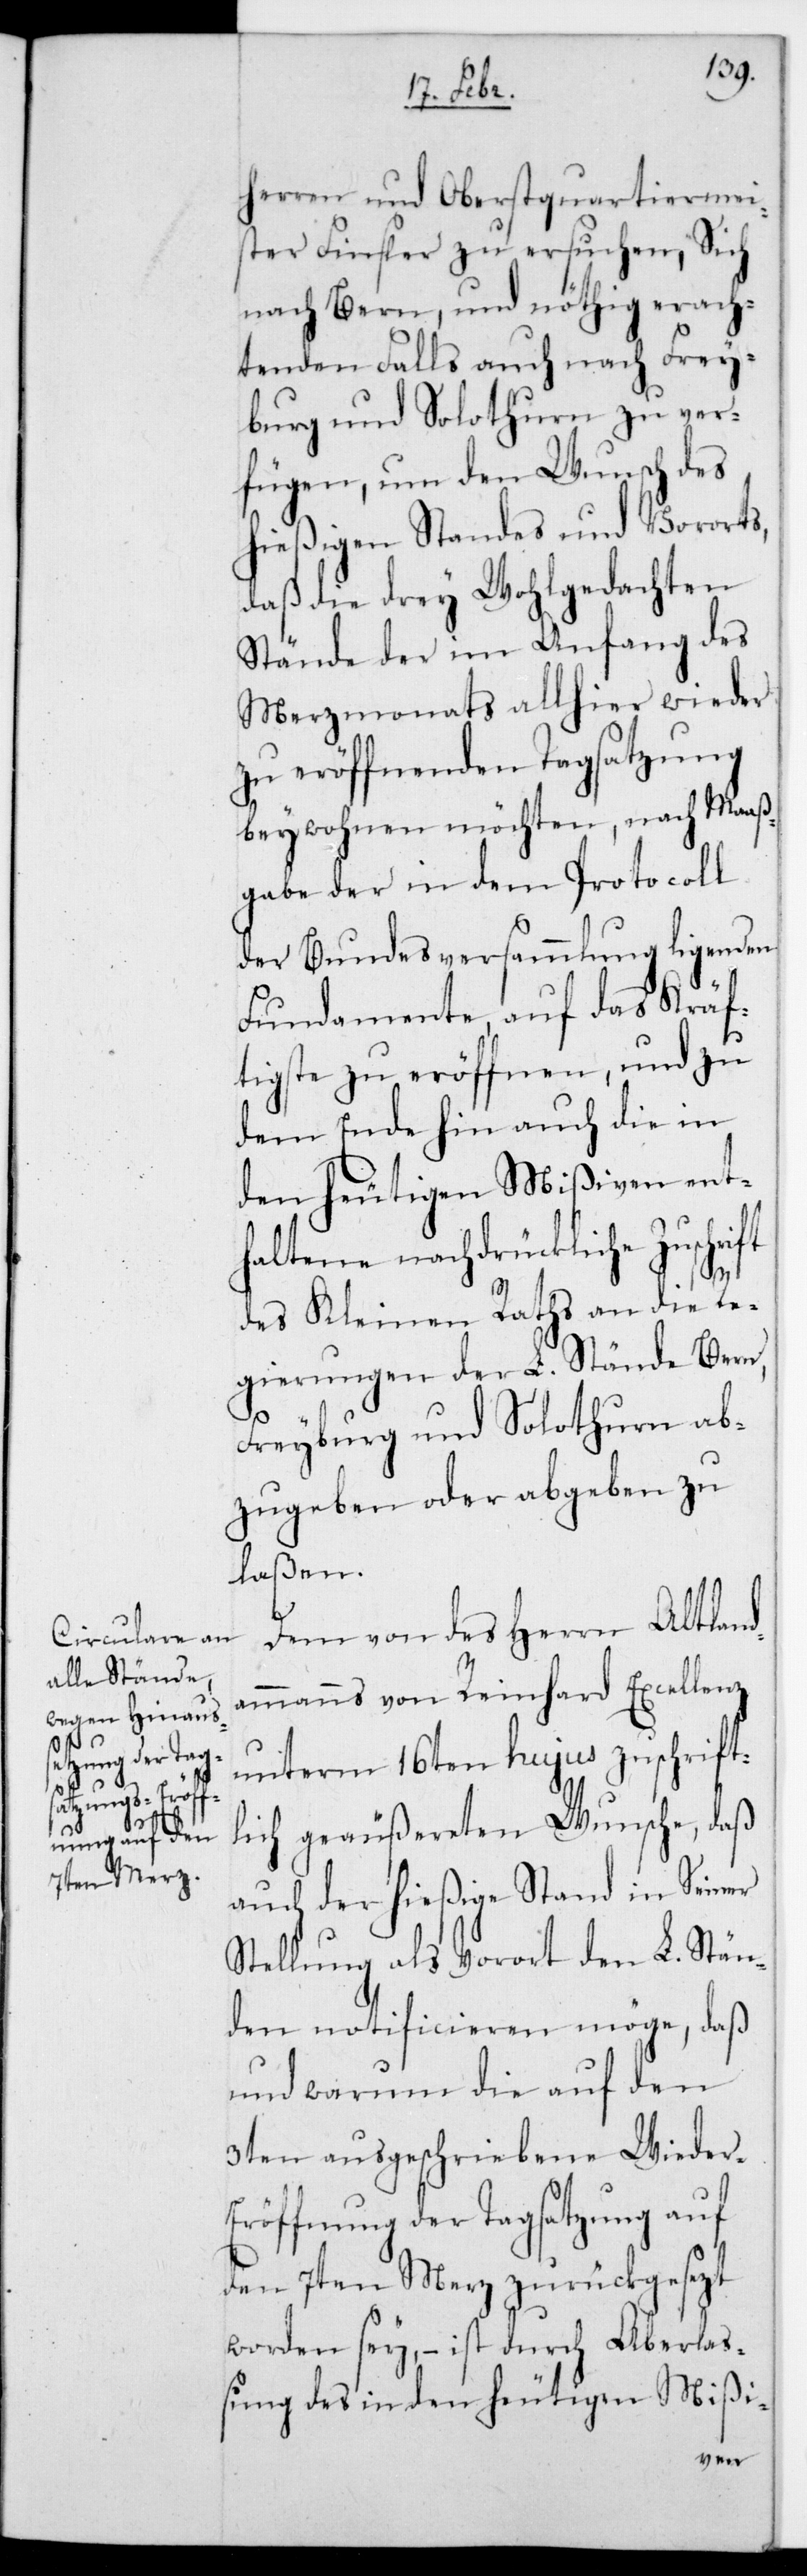
herren und Oberstquartiermei¬
ster Finsler zu ersuchen, sich
nach Bern, und nöthig erach¬
tenden Falls auch nach Frey¬
burg und Solothurn zu ver¬
fügen, um den Wunsch des
hießigen Standes und Vororts,
daß die drey wohlgedachten
Stände der im Anfang des
Merzmonats allhier wieder
zu eröffnenden Tagsatzung
beywohnen möchten, nach Maaß¬
gabe der in dem Protocoll
der Bundesversammlung ligenden
Fundamente, auf das Kräf¬
tigste zu eröffnen, und zu
dem Ende hin auch die in
den heutigen Mißiven ent¬
haltene nachdrückliche Zuschrift
des Kleinen Raths an die Re¬
gierungen der L. Stände Bern,
Freyburg und Solothurn ab¬
zugeben oder abgeben zu
laßen.
Dem von des Herrn Altland¬
ammanns von Reinhard Excellenz
unterm 16ten hujus zuschrift¬
lich geäußereten Wunsche, daß
auch der hießige Stand in seiner
Stellung als Vorort den L. Stän¬
den notificieren möge, daß
und warum die auf den
3ten ausgeschriebene Wieder¬
eröffnung der Tagsatzung auf
den 7ten Merz zurückgesezt
worden sey, – ist durch Aberla¬
ßung des in den heutigen Mißi-